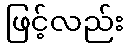
ဖြင့်လည်း